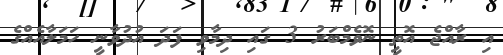
އި ރާއްޖެ އޮތީ ނޮވެމްބަރު 3 ގައި ދިމާވި ފަދަ އުދުވާނީ ހަމަލާއެއްގެ